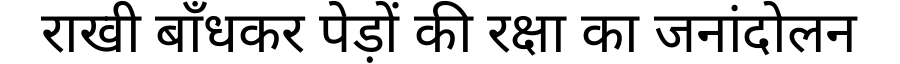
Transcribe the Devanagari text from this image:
राखी बाँधकर पेड़ों की रक्षा का जनांदोलन